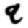
Digit: 9